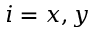
i = x , y